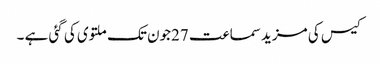
کیس کی مزید سماعت 27جون تک ملتوی کی گئی ہے ۔